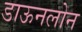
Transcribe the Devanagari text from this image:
डाऊनलोन